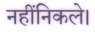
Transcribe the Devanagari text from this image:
नहींनिकले।